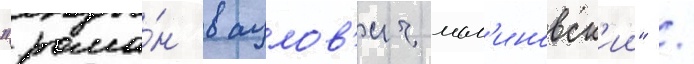
"рома́н вацлов'ич мал'иновск'ии" /